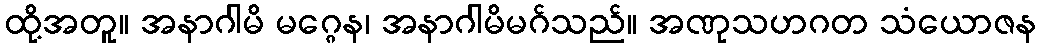
ထို့အတူ။ အနာဂါမိ မဂ္ဂေန၊ အနာဂါမိမဂ်သည်။ အဏုသဟဂတ သံယောဇန